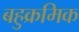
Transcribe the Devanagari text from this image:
बहुक्रमिक